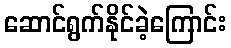
ဆောင်ရွက်နိုင်ခဲ့ကြောင်း